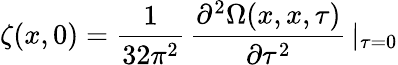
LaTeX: \zeta(x,0)=\frac{1}{32\pi^{2}}\, \frac{\partial^{2}\Omega(x,x,\tau)}{\partial\tau^{2}}\, \vert_{\tau=0}